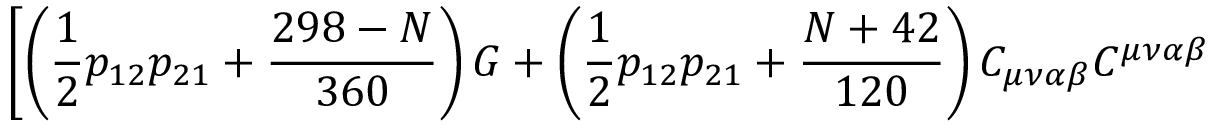
\left[ \left( \frac { 1 } { 2 } p _ { 1 2 } p _ { 2 1 } + \frac { 2 9 8 - N } { 3 6 0 } \right) G + \left( \frac { 1 } { 2 } p _ { 1 2 } p _ { 2 1 } + \frac { N + 4 2 } { 1 2 0 } \right) C _ { \mu \nu \alpha \beta } C ^ { \mu \nu \alpha \beta } \right.